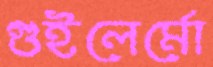
গুইলের্মো